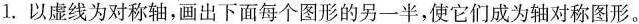
1. 以虚线为对称轴，画出下面每个图形的另一半，使它们成为轴对称图形。